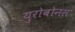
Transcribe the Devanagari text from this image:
युरोबोनस